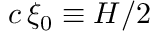
c \, \xi _ { 0 } \equiv H / 2